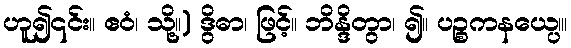
ဟူ၍၎င်း။ ဧဝံ၊ သို့။) ဒွိဓာ၊ ဖြင့်။ ဘိန္ဒိတွာ၊ ၍။ ပဉ္စကနယေ၊္ပ။